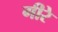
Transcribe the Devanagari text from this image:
गीरे